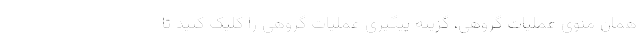
همان منوی عملیات گروهی، گزینه پیگیری عملیات گروهی را کلیک کنید تا